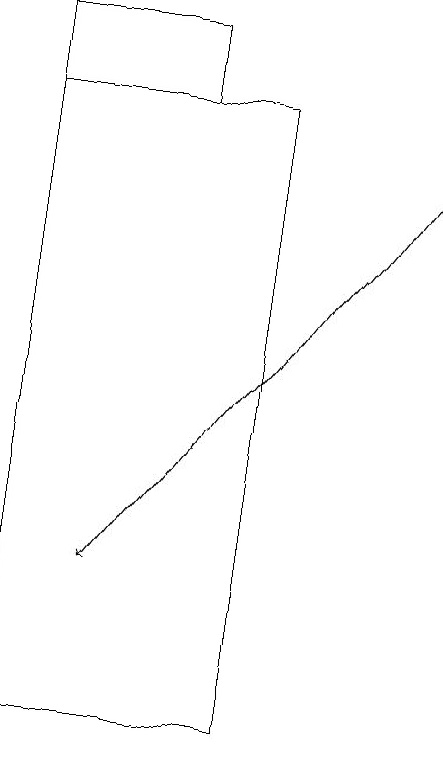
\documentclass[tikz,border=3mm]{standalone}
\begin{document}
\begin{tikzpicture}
\draw (6,10) rectangle (3,18);
\draw[->] (8,17) -- (4,12);
\draw (5,18) rectangle (3,19);
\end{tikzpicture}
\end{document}